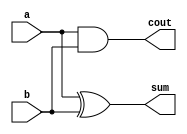
/*--------------------------------------------------------------------------------
--  File          :  adder_half.v
--  Related Files :
--  Author(s)     :  ljc
--  Email         :  lijiacehnguestc@gmail.com
--  Project       :   
--  Creation Date :  10.30.2020
--  Contents      :  
--------------------------------------------------------------------------------*/
module adder_half(  
	input		     	a,
	input				b,
	output	    reg		sum,
	output	    reg		cout
	);
	
always @(*)
begin
	sum = a ^ b;
	cout = a & b;
end
endmodule